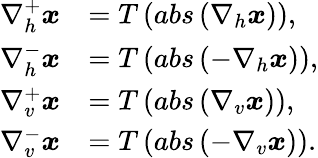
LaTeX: \begin{array}{rl}{\nabla_{h}^{+}\boldsymbol{x}}&{=T\left(abs\left(\nabla_{h}\boldsymbol{x}\right)\right),}\\ {\nabla_{h}^{-}\boldsymbol{x}}&{=T\left(abs\left(-\nabla_{h}\boldsymbol{x}\right)\right),}\\ {\nabla_{v}^{+}\boldsymbol{x}}&{=T\left(abs\left(\nabla_{v}\boldsymbol{x}\right)\right),}\\ {\nabla_{v}^{-}\boldsymbol{x}}&{=T\left(abs\left(-\nabla_{v}\boldsymbol{x}\right)\right).}\end{array}